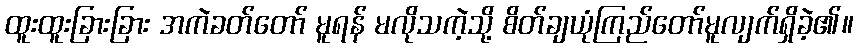
ထူးထူးခြားခြား အကဲခတ်တော် မူရန် မလိုသကဲ့သို့ စိတ်ချယုံကြည်တော်မူလျက်ရှိခဲ့၏။